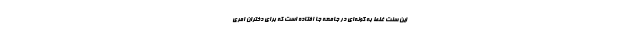
این سنت غلط به گونه‌ای در جامعه جا افتاده است که برای دختران امری